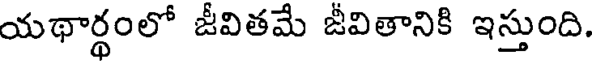
యథార్థంలో జీవితమే జీవితానికి ఇస్తుంది.